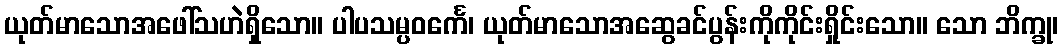
ယုတ်မာသောအဖေါ်သဟဲရှိသော။ ပါပသမ္ပဝင်္ကေ၊ ယုတ်မာသောအဆွေခင်ပွန်းကိုကိုင်းရှိုင်းသော။ သော ဘိက္ခု၊